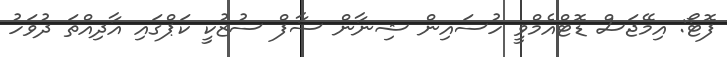
ފޮޓޯ: އިމޭޖަސް ޑޮޓްއެމްވީ ހުސައިން ޝިނާން ސާފް ސުޒުކީ ކަޕްގައި އާދިއްތަ ދުވަހު